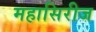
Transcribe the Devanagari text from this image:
महासिरीज